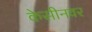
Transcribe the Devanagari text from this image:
केसीनवर